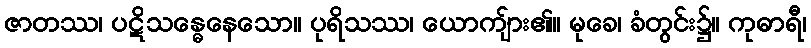
ဇာတဿ၊ ပဋိသန္ဓေနေသော။ ပုရိသဿ၊ ယောကျ်ား၏။ မုခေ၊ ခံတွင်း၌။ ကုဓာရီ၊